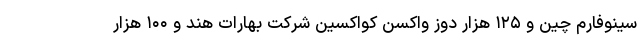
سینوفارم چین و ۱۲۵ هزار دوز واکسن کواکسین شرکت بهارات هند و ۱۰۰ هزار